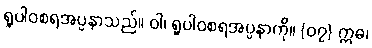
ရူပါဝစရအပ္ပနာသည်။ ဝါ၊ ရူပါဝစရအပ္ပနာကို။ {၀၇} ဣဓ၊